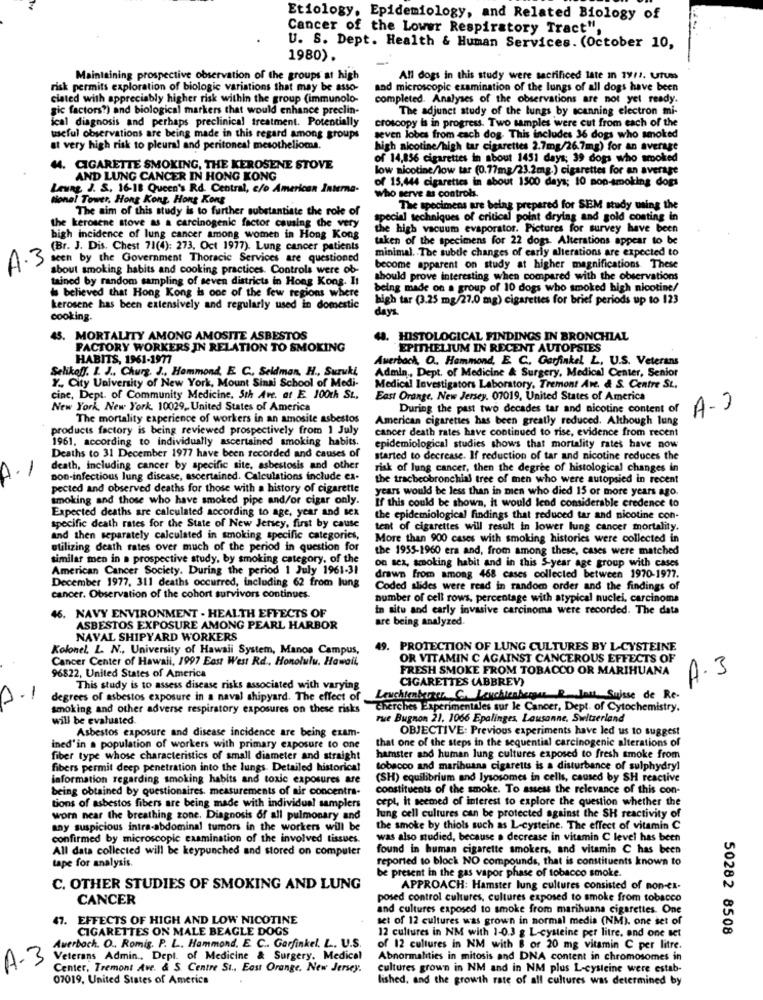
Etiology, Epidemiology, and Related Biology of
Cancer of the Lower Respiratory Tract",
U. S. Dept. Health & Human Services. (October 10,
1980).
Maintaining prospective observation of the groups at high
All dogs in this study were sacrificed late In 19/1. UtUss
risk permits exploration of biologic variations that may be asso-
and microscopic examination of the lungs of all dogs have been
ciated with appreciably higher risk within the group (immunolo-
completed. Analyses of the observations are not yet ready.
gic factors?) and biological markers that would enhance preclin-
The adjunct study of the lungs by scanning electron mi-
ical diagnosis and perhaps preclinical treatment. Potentially
croscopy is in progress. Two samples were cut from each of the
useful observations are being made in this regard among groups
seven lobes from each dog. This includes 36 dogs who smoked
at very high risk to pleural and peritoneal mesothelioma.
high nicotine/high tar cigarettes 2.7mg/26.7mg) for an average
of 14,856 cigarettes in about 1451 days; 39 dogs who smoked
M. CIGARETTE SMOKING, THE KEROSENE STOVE
low nicotine/low tar (0.77mg/23.2mg.) cigarettes for an average
AND LUNG CANCER IN HONG KONG
of 15,444 cigarettes in about 1500 days; 10 non-smoking dogs
Leung J. S. 16-18 Queen's Rd. Central, c/o American Interna-
tional Tower, Hong Kong Hong Kong
who serve as controls.
The aim of this study is to further substantiate the role of
The specimens are being prepared for SEM study using the
special techniques of critical point drying and gold conting in
the kerosene stove as a carcinogenic factor causing the very
the high vacuum evaporator. Pictures for survey have been
high incidence of lung cancer among women in Hong Kong
taken of the specimens for 22 dogs. Alterations appear to be
(Br. J. Dis. Chest 71(4): 273. Oct 1977). Lung cancer patients
minimal. The subtle changes of early alterations are expected to
seen by the Government Thoracic Services are questioned
A.3
about smoking habits and cooking practices. Controls were ob-
become apparent on study at higher magnifications These
tained by random sampling of seven districts in Hong Kong. It
should prove interesting when compared with the observations
is believed that Hong Kong is one of the few regions where
being made on a group of 10 dogs who smoked high nicotine/
high tar (3.25 mg/27.0 mg) cigarettes for brief periods up to 123
kerosene has been extensively and regularly used in domestic
days
cooking.
45. MORTALITY AMONG AMOSITE ASBESTOS
48. HISTOLOGICAL FINDINGS IN BRONCHIAL
FACTORY WORKERS IN RELATION TO SMOKING
EPITHELIUM IN RECENT AUTOPSIES
HABITS, 1961-1977
Auerbach, O .. Hammond, E. C. Garfinkel L, U.S. Veterans
Selikoff. 1. J ., Churg. J ., Hammond, E. C ., Seidman, H ., Suzuki
Admin ., Dept. of Medicine & Surgery, Medical Center, Senior
Y. City University of New York, Mount Sinai School of Medi-
Medical Investigators Laboratory, Tremont Ave. & S. Centre St.
cine, Dept. of Community Medicine, 5th Ave. af E 100th St ..
East Orange, New Jersey. 07019, United States of America
New York New York. 10029, United States of America
During the past two decades tar and nicotine content of
A.J
The mortality experience of workers in an amosite asbestos
American cigarettes has been greatly reduced. Although lung
products factory is being reviewed prospectively from 1 July
cancer death rates have continued to rise, evidence from recent
1961, according to individually ascertained smoking habits.
epidemiological studies shows that mortality rates have now
Deaths to 31 December 1977 have been recorded and causes of
started to decrease. If reduction of tar and nicotine reduces the
-
death, including cancer by specific site, asbestosis and other
risk of lung cancer, then the degree of histological changes in
Don-infectious lung disease, ascertained. Calculations include ex-
the tracheobronchial tree of men who were autopsied in recent
pected and observed deaths for those with a history of cigarette
years would be less than in men who died 15 or more years ago.
smoking and those who have smoked pipe and/or cigar only.
Expected deaths are calculated according to age, year and Bex
If this could be shown, it would lend considerable credence to
the epidemiological findings that reduced tar and nicotine con-
specific death rates for the State of New Jersey, first by cause
tent of cigarettes will result in lower lung cancer mortality.
and then separately calculated in smoking specific categories,
More than 900 cases with smoking histories were collected in
utilizing death rates over much of the period in question for
the 1955-1960 era and, from among these, cases were matched
similar men in a prospective study, by smoking category, of the
on sez, smoking habit and in this S-year age group with cases
American Cancer Society. During the period 1 July 1961-31
drawn from among 468 cases collected between 1970-1977.
December 1977, 311 deaths occurred, including 62 from lung
Coded slides were read in random order and the findings of
cancer. Observation of the cohort survivors continues.
number of cell rows, percentage with atypical nuclei, carcinoma
in situ and early invasive carcinoma were recorded. The data
46. NAVY ENVIRONMENT - HEALTH EFFECTS OF
are being analyzed.
ASBESTOS EXPOSURE AMONG PEARL HARBOR
NAVAL SHIPYARD WORKERS
Kolonel, L. N ., University of Hawaii System, Manos Campus,
49. PROTECTION OF LUNG CULTURES BY L-CYSTEINE
Cancer Center of Hawaii, 1997 East West Rd ., Honolulu, Hawaii,
OR VITAMIN C AGAINST CANCEROUS EFFECTS OF
96822, United States of America
FRESH SMOKE FROM TOBACCO OR MARIHUANA
CIGARETTES (ABBREV)
A.3
This study is to assess disease risks associated with varying
-
degrees of asbestos exposure in a naval shipyard. The effect of
Leuchtenkerrer. C. Leuchtenberger R.Inut. Suisse de Re-
smoking and other adverse respiratory exposures on these risks
cherches Experimentales sur le Cancer, Dept. of Cytochemistry.
will be evaluated.
rue Bugnon 21. 1066 Epalinges, Lausanne, Switzerland
Asbestos exposure and disease incidence are being exam-
OBJECTIVE: Previous experiments have led us to suggest
that one of the steps in the sequential carcinogenic alterations of
ined'in a population of workers with primary exposure to one
fiber type whose characteristics of small diameter and straight
hamster and human lung cultures exposed to fresh smoke from
fibers permit deep penetration into the lungs. Detailed historical
tobacco and marihuana cigaretts is a disturbance of sulphydryl
information regarding smoking habits and toxic exposures are
(SH) equilibrium and lysosomes in cells, caused by SH reactive
being obtained by questionaires. measurements of air concentra-
constituents of the smoke. To assess the relevance of this con-
cept, it seemed of interest to explore the question whether the
tions of asbestos fibers are being made with individual samplers
worn near the breathing zone. Diagnosis of all pulmonary and
lung cell cultures can be protected against the SH reactivity of
any suspicious intra-abdominal tumors in the workers will be
the smoke by thiols such as L-cysteine. The effect of vitamin C
confirmed by microscopic examination of the involved tissues.
was also studied, because . decrease in vitamin C level has been
All data collected will be keypunched and stored on computer
found in human cigarette smokers, and vitamin C has been
tape for analysis.
reported to block NO compounds, that is constituents known to
be present in the gas vapor phase of tobacco smoke.
C. OTHER STUDIES OF SMOKING AND LUNG
APPROACH: Hamster lung cultures consisted of non-ex-
CANCER
posed control cultures, cultures exposed to smoke from tobacco
and cultures exposed to smoke from marihuana cigarettes. One
47. EFFECTS OF HIGH AND LOW NICOTINE
set of 12 cultures was grown in normal media (NM). one set of
CIGARETTES ON MALE BEAGLE DOGS
50282 8508
12 cultures in NM with 1-0.3 g L-cysteine per litre. and one set
Auerbach. O ., Romig. P. L .. Hammond, E. C .. Garfinkel. L. U.S.
of 12 cultures in NM with 8 or 20 mg vitamin C per litre.
A-3
Veterans Admin ., Dept. of Medicine & Surgery. Medical
Abnormalities in mitosis and DNA content in chromosomes in
Center, Tremont Ave. & S. Centre St ., East Orange, New Jersey.
cultures grown in NM and in NM plus L-cysteine were estab-
07019, United States of America
lished, and the growth rate of all cultures was determined by